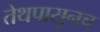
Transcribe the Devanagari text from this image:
तेथपासूनच